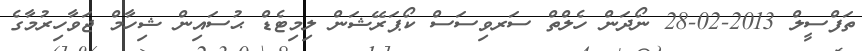
ތަފްސީލް 2013-02-28 ނޯދަން ހެލްތް ސަރވިސަސް ކޯޕަރޭޝަން ލިމިޓެޑް ޙުސައިން ޝިހާމް ޖަވާހިރުމާގެ